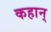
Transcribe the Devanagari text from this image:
कहान्